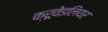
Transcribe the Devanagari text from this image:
क्रूवेइलियर